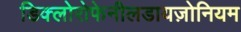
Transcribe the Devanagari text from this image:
डिक्लोरोफेनीलडायज़ोनियम